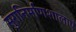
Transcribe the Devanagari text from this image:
सुरानिर्माणशालाएं